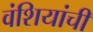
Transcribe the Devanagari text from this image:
वंशियांची